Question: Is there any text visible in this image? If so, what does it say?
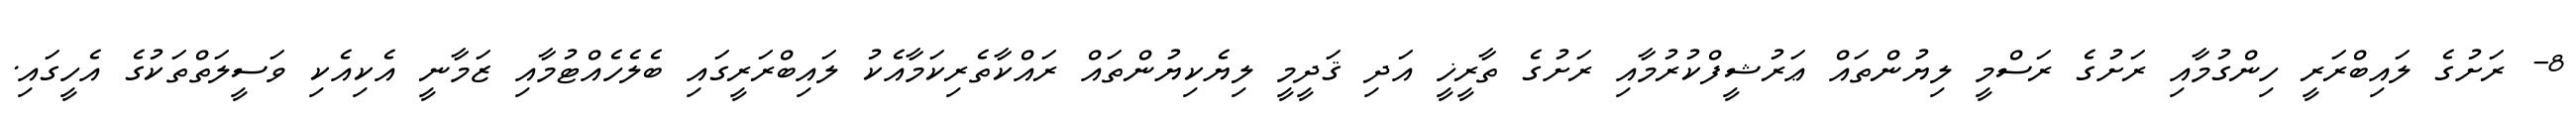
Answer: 8- ރަށުގެ ލައިބްރަރީ ހިންގުމާއި ރަށުގެ ރަސްމީ ލިޔުންތައް ޢަރުޝީފްކުރުމާއި ރަށުގެ ތާރީޚީ އަދި ޤަދީމީ ލިޔެކިޔުންތައް ރައްކާތެރިކަމާއެކު ލައިބްރަރީގައި ބެލެހެއްޓުމާއި ޒަމާނީ އެކިއެކި ވަސީލަތްތަކުގެ އެހީގައި.